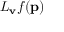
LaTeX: L _ { \mathbf { v } } f ( \mathbf { p } )